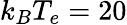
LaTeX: k_{B}T_{e}=20